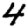
Digit: 4